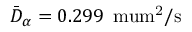
\bar { D } _ { \alpha } = 0 . 2 9 9 \, \mathrm { { \ m u m ^ { 2 } / s } }